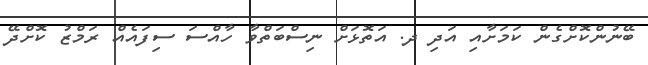
ބޭނުންކޮށްގެން ކަމަށާއި އަދި ދ. އަތޮޅަށް ނިސްބަތްވާ ހާއްސަ ސިފައެއް ރަމްޒު ކޮށްދޭ